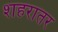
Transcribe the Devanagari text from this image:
शहरातर